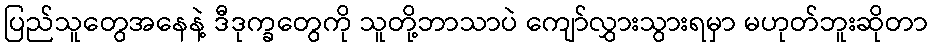
ပြည်သူတွေအနေနဲ့ ဒီဒုက္ခတွေကို သူတို့ဘာသာပဲ ကျော်လွှားသွားရမှာ မဟုတ်ဘူးဆိုတာ